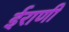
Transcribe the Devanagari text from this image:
ईराणी